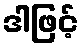
ဒါဖြင့်